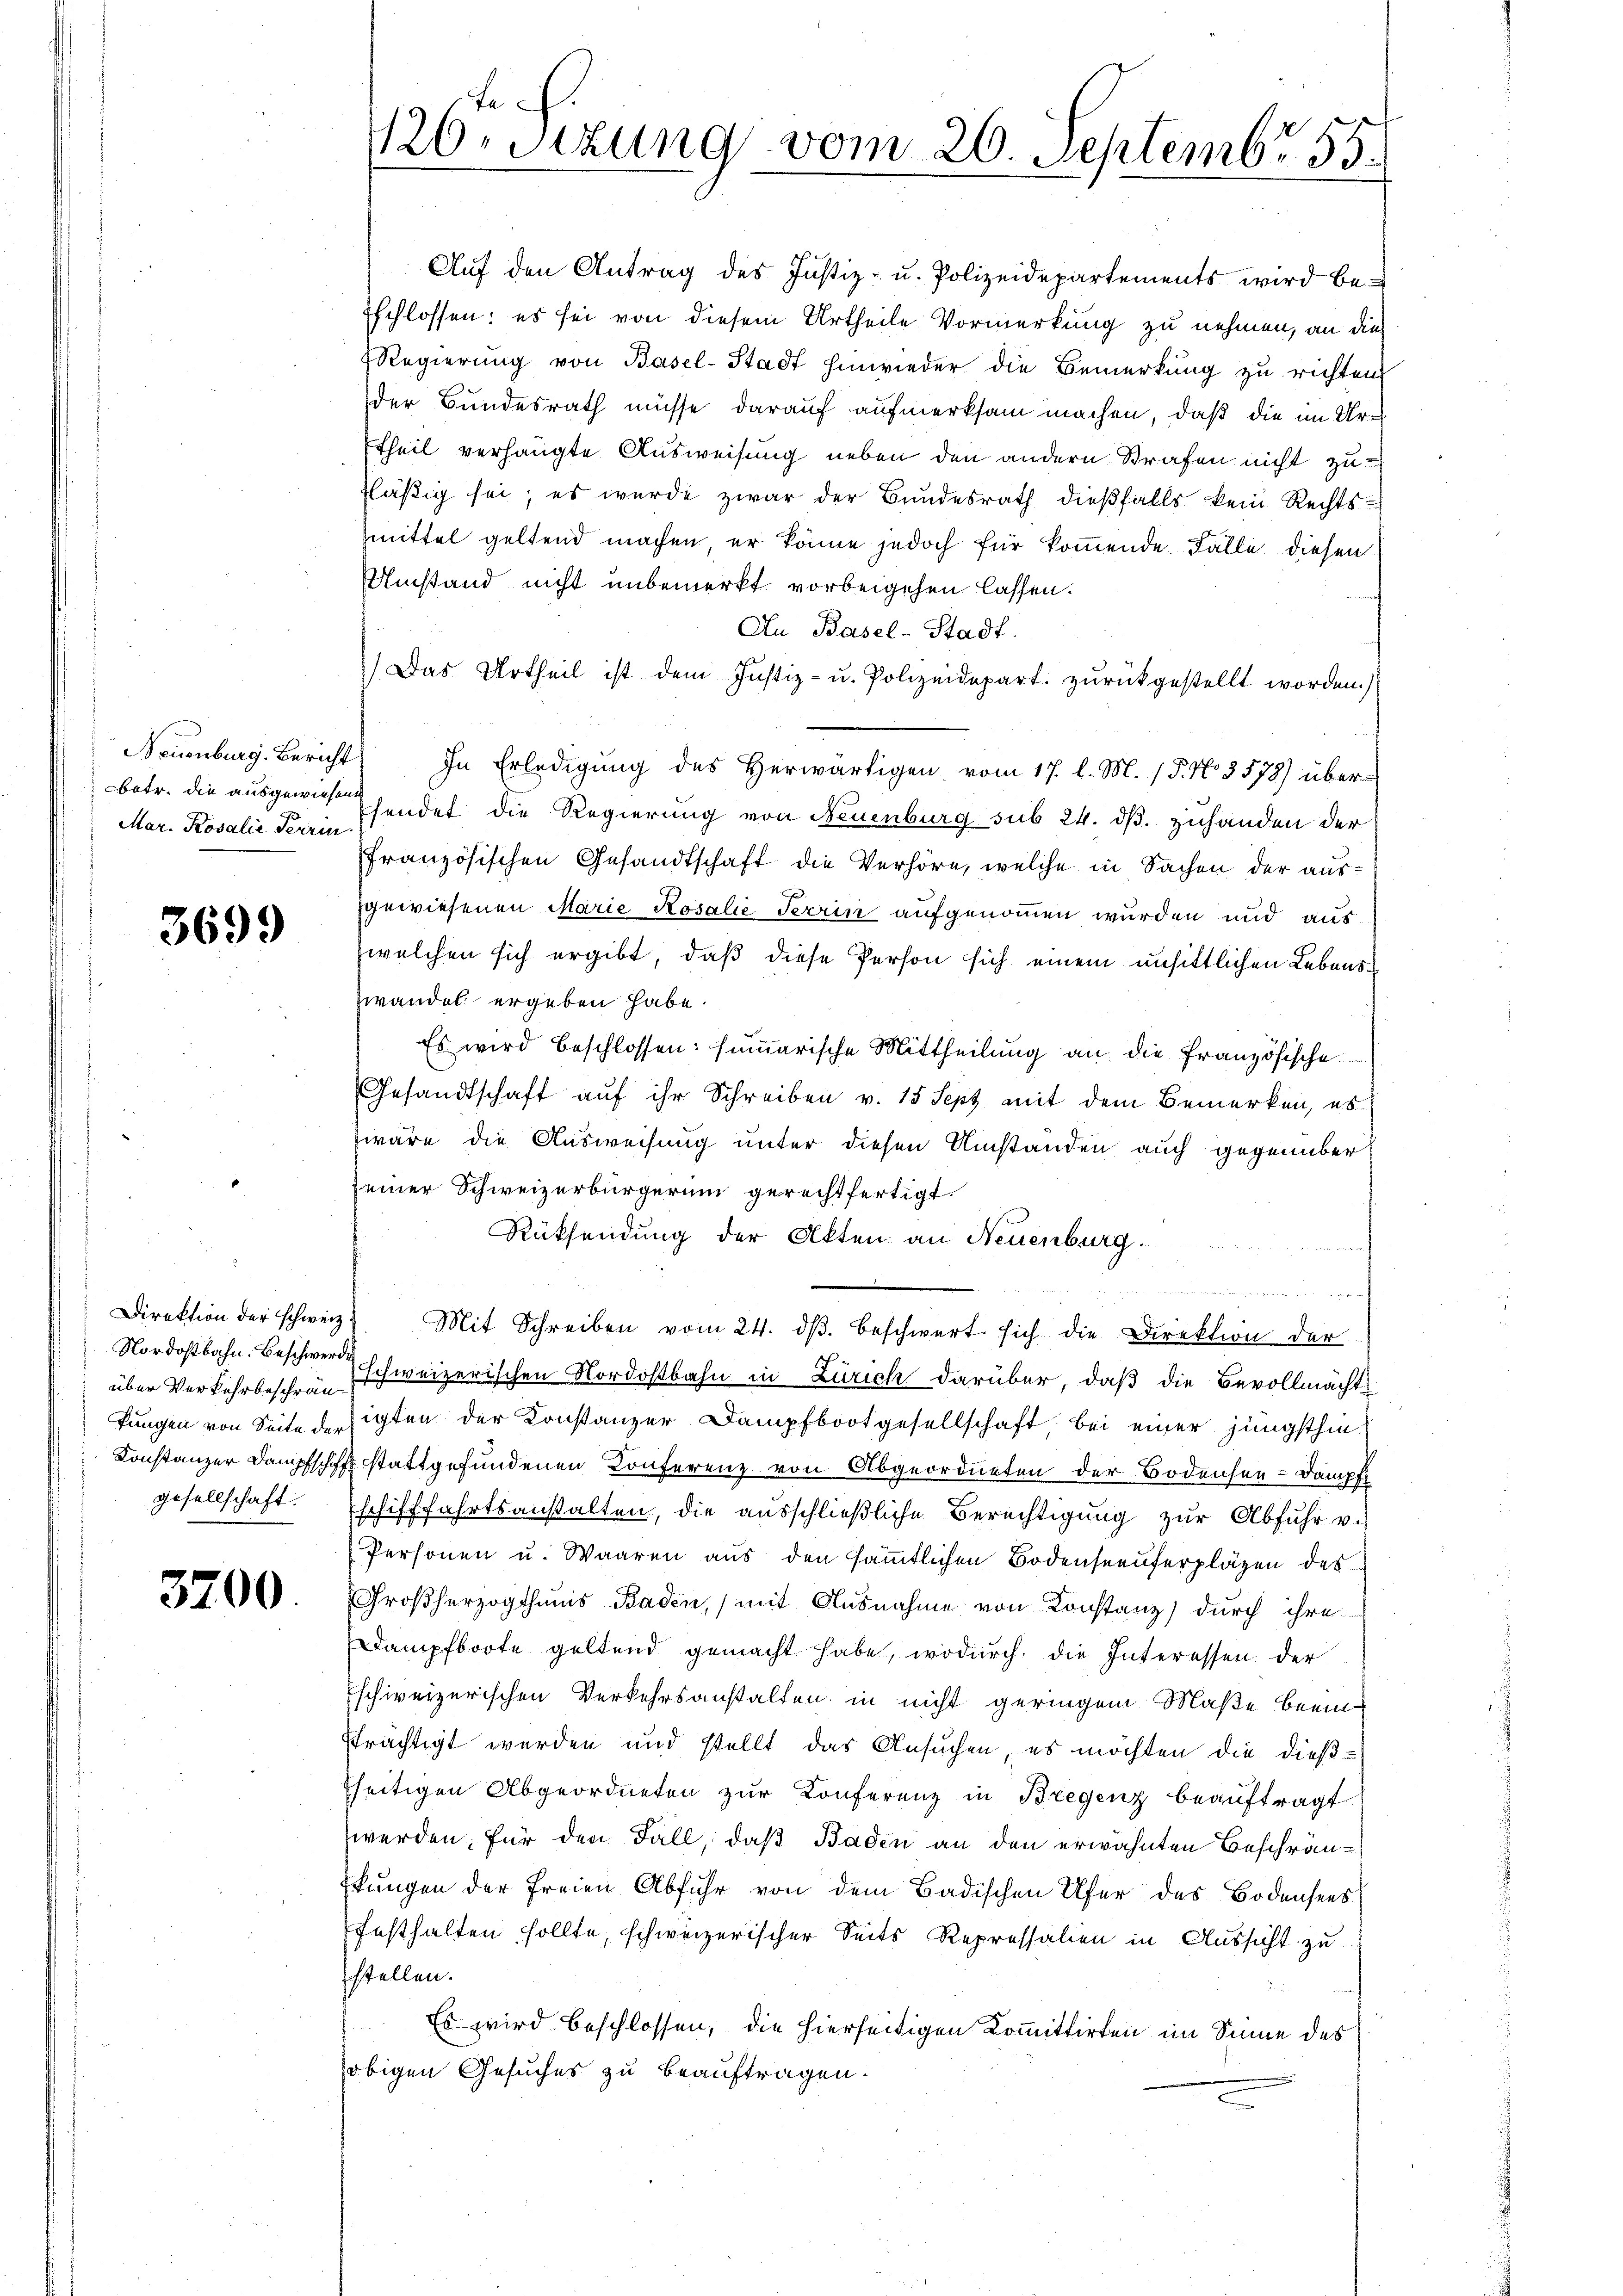
Neuenburg. Bericht
Mar. Rosalie Terrin

3699

Nordostbahn. Beschwerde
gesellschaft.

3200.

Auf den Antrag des Justiz- u. Polizeidepartements wird be¬
Eschlossen: es sei von diesem Urtheile Vormerkung zu nehmen, an die
Regierung von Basel-Stadt hinwieder die Bemerkung zu richten
der Bundesrath müsse darauf aufmerksam machen, daß die im Urtheil verhängte Ausweisung neben den andern Strafen nicht zufläßig sei; es wurde zwar der Bundesrath dießfalls kein Rechtsmittel geltend machen, er könne jedoch für kommende Fälle diesen
Umstand nicht unbemerkt vorbeigehen lassen.
An Basel-Stadt.
Das Urtheil ist dem Justiz- u. Polizeidepart zurückgestellt worden.
In Erledigung des Herwärtigen vom 17. l. M. (T. No 3578) überbetr. die ausgewiesen findet die Regierung von Neuenburg sub 24. dß. zuhanden der
französischen Gesandtschaft die Verhöre, welche in Sachen der ausgewiesenen Marie Rosalie Terrin aufgenommen wurden und aus
welchen sich ergibt, daß diese Person sich einem unsittlichen Lebenswandel ergeben habe.
Es wird beschlossen: summarische Mittheilung an die Französische
Gesandtschaft auf ihr Schreiben v. 15 Sept mit dem Bemerken, es
wäre die Ausweisung unter diesen Umständen auch gegenüber
seiner Schweizerbürgerum gerechtfertigt.
Rücksendung der Akten an Neuenburg.
d
Direktion der schweiz. Mit Schreiben vom 24. dβ beschwert sich die Direktion der
über Verkehrbeschräg schweizerischen Nordostbahn in Zürich darüber, daß die Bevollmächt
kungen von Seite der sichten der Konstanzer Dampfbootgesellschaft bei einer jüngsthin¬
Konstanzer Dampfschiff stattgefundenen Konferenz von Abgeordneten der Bodensen - Dämpft
Eschifffahrtsanstalten, die ausschließliche Berechtigung zur Abfuhr v.
Personen u. Waaren aus den sämmtlichen Bodenseeuferpläzen des
Großherzogthums Baden,) mit Ausnahme von Konstanz) durch ihre
Dampfboote geltend gemacht habe, wodurch die Interessen der
Eschweizerischen Verkehrsanstalten in nicht geringem Maße beeinträchtigt werden und stellt das Ansuchen, es möchten die dießseitigen Abgeordneten zŭr Konferenz in Bregenz beaŭftragt
werden, für den Fall, daß Baden an den erwähnten Beschränttungen der freien Abfuhr von dem Badischen Ufer des Bodensees
festhalten sollte, schweizerischer Seits Repressalien in Aussicht zu
stellen.
Es wird beschlossen, die hierseitigen Kommittirten im Sinne des
obigen Gesuches zu beauftragen.

te
1260 sizung vom 26. Septembr. 155.